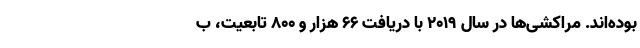
بوده‌اند. مراکشی‌ها در سال ۲۰۱۹ با دریافت ۶۶ هزار و ۸۰۰ تابعیت، ب